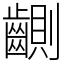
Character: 䶡